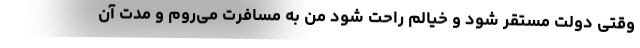
وقتی دولت مستقر شود و خیالم راحت شود من به مسافرت می‌روم و مدت آن